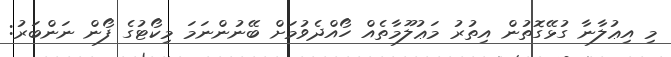
މި އިޢުލާނާ ގުޅޭގޮތުން އިތުރު މަޢުލޫމާތެއް ހޯއްދެވުމަށް ބޭނުންނަމަ މިކޯޓުގެ ފޯން ނަންބަރު: